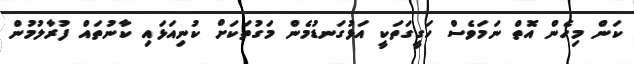
ކަން މިހެން އޮތް ނަމަވެސް ހަގީގަތަކީ އަޅުގަނޑުމެން މަގުތަކަށް ކުނިއަޅައި ކާނުތައް ފުރާލުމުން